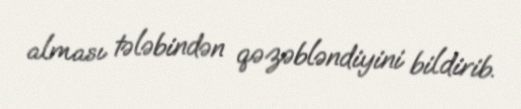
alması tələbindən qəzəbləndiyini bildirib.